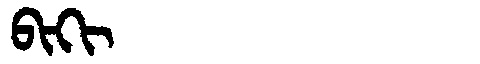
Manchu: ᠪᡳᡴᡳ
Romanization: BIKI